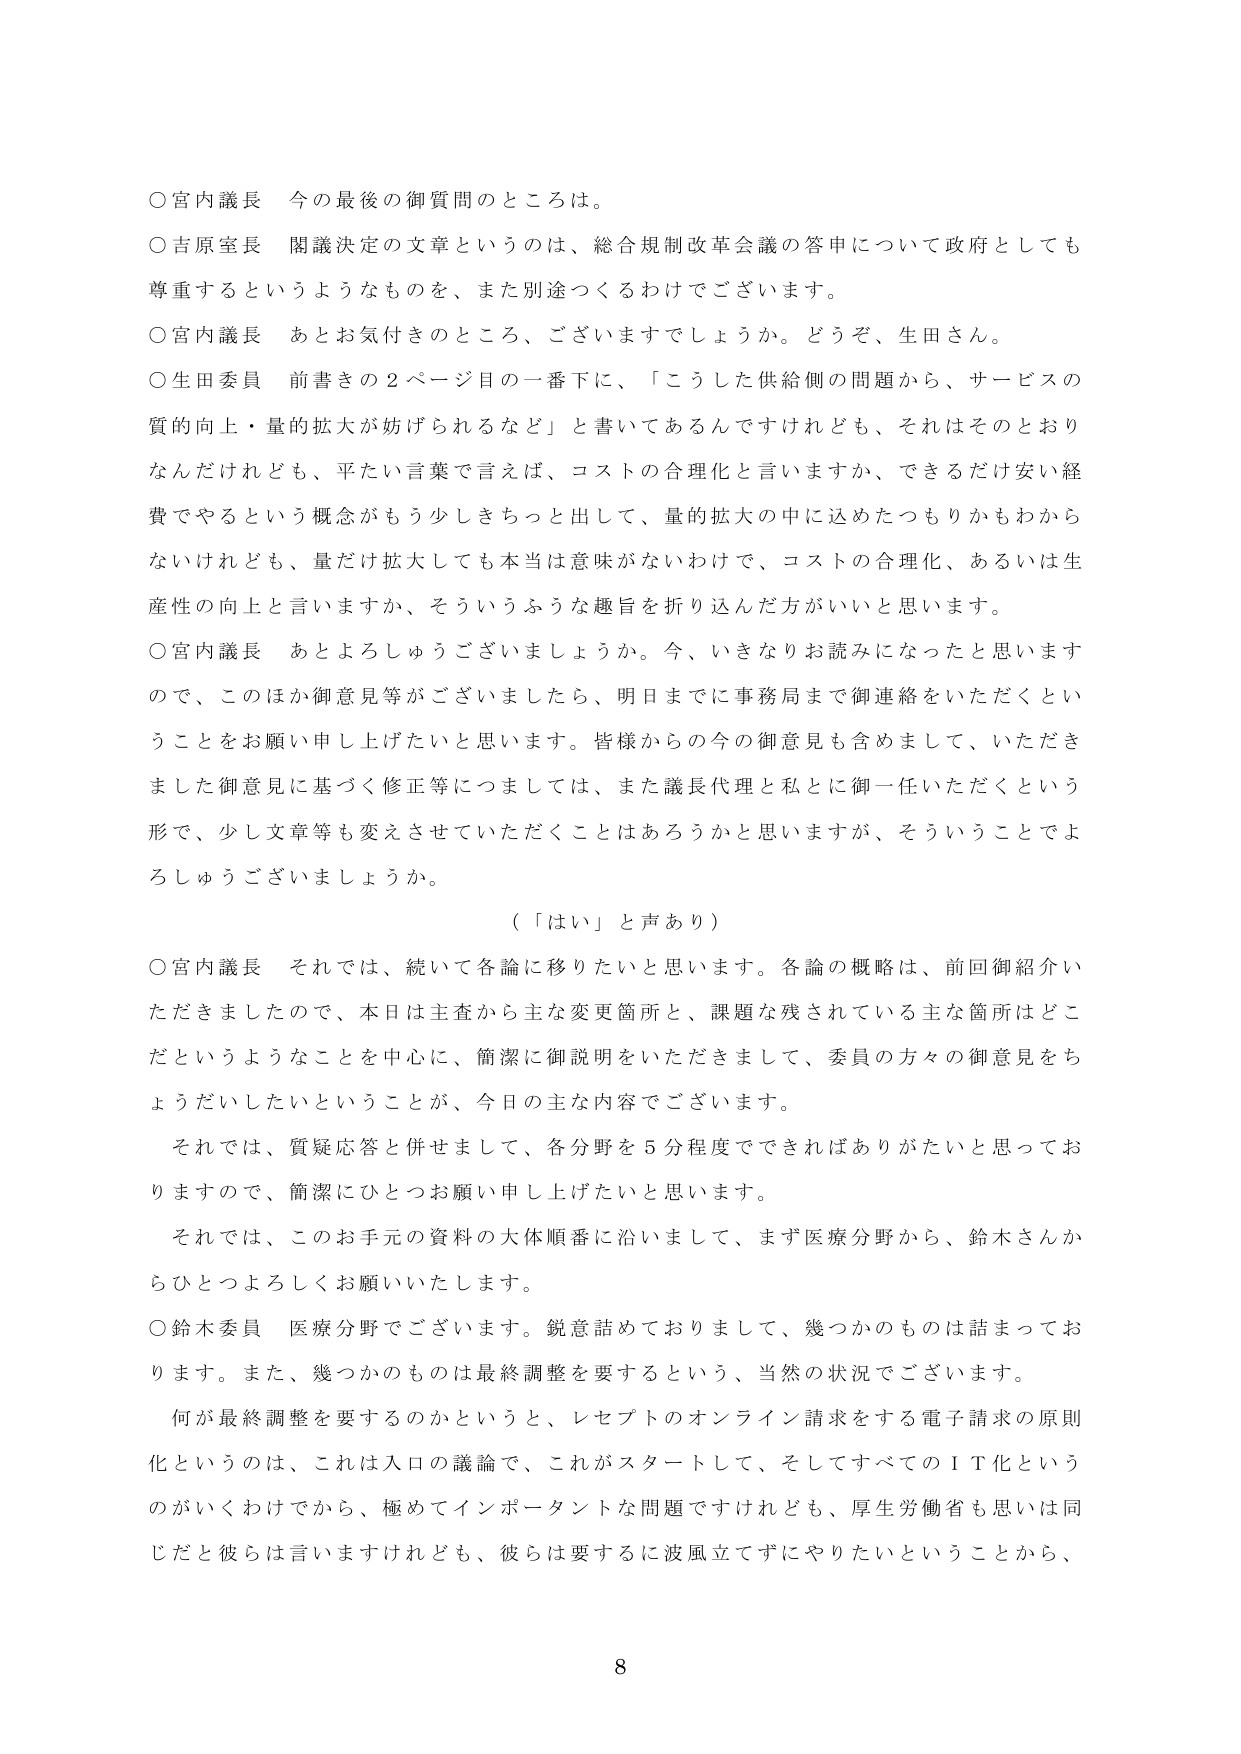
○宮内議長　今の最後の御質問のところは。

○吉原室長　閣議決定の文章というのは、総合規制改革会議の答申について政府としても尊重するというようなものを、また別途つくるわけでございます。

○宮内議長　あとお気付きのところ、ございますでしょうか。どうぞ、生田さん。

○生田委員　前書きの２ページ目の一番下に、「こうした供給側の問題から、サービスの質的向上・量的拡大が妨げられるなど」と書いてあるんですけれども、それはそのとおりなんだけれども、平たい言葉で言えば、コストの合理化と言いますか、できるだけ安い経費でやるという概念がもう少しきちっと出して、量的拡大の中に込めたつもりかもわからないけれども、量だけ拡大しても本当は意味がないわけで、コストの合理化、あるいは生産性の向上と言いますか、そういうふうな趣旨を折り込んだ方がいいと思います。

○宮内議長　あとよろしうございましょうか。今、いきなりお読みになったと思いますので、このほか御意見等がございましたら、明日までに事務局まで御連絡をいただくということをお願い申し上げたいと思います。皆様からの今の御意見も含めまして、いただきました御意見に基づく修正等につしましては、また議長代理と私とに御一任いただくという形で、少し文章等も変えさせていただくことはあろうかと思いますが、そういうことでよろしうございましょうか。

（「はい」と声あり）

○宮内議長　それでは、続いて各論に移りたいと思います。各論の概略は、前回御紹介いただきましたので、本日は主査から主な変更箇所と、課題な残されている主な箇所はどこだというようなことを中心に、簡潔に御説明をいただきまして、委員の方々の御意見をちょうだいしたいということが、今日の主な内容でございます。

それでは、質疑応答と併せまして、各分野を５分程度でできればありがたいと思っておりますので、簡潔にひとつお願い申し上げたいと思います。

それでは、このお手元の資料の大体順番に沿いまして、まず医療分野から、鈴木さんからひとつよろしくお願いいたします。

○鈴木委員　医療分野でございます。鋭意詰めておりまして、幾つかのものは詰まっております。また、幾つかのものは最終調整を要するという、当然の状況でございます。

何が最終調整を要するのかというと、レセプトのオンライン請求をする電子請求の原則化というのは、これは入口の議論で、これがスタートして、そしてすべてのＩＴ化というのがいくわけでから、極めてインポータントな問題ですけれども、厚生労働省も思いは同じだと彼らは言いますけれども、彼らは要するに波風立てずにやりたいということから、

8